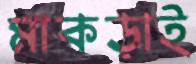
মাকড়াই